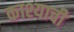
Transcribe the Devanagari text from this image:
काश्याची